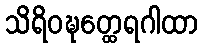
သိရိဝဍ္ဎတ္ထေရဂါထာ